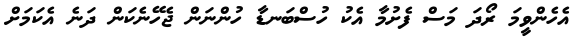
އެހެންވީމަ ރޯދަ މަސް ފެށުމާ އެކު ހުސްބަނޑާ ހުންނަން ޖެހޭނެކަން ދަނެ އެކަމަށް